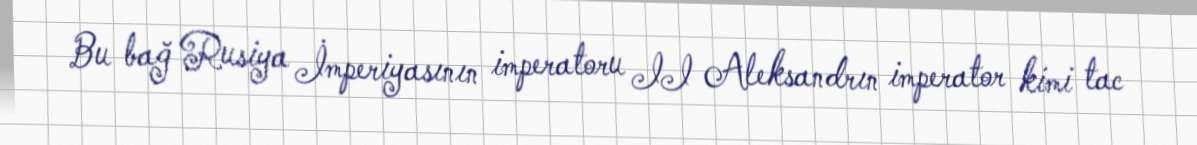
Bu bağ Rusiya İmperiyasının imperatoru II Aleksandrın imperator kimi tac